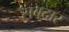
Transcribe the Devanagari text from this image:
सबदार